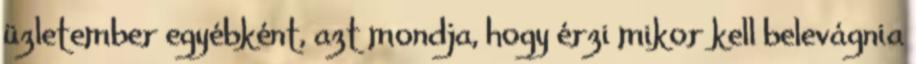
üzletember egyébként, azt mondja, hogy érzi mikor kell belevágnia